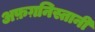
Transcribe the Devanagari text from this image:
अफ़ग़निस्तानी